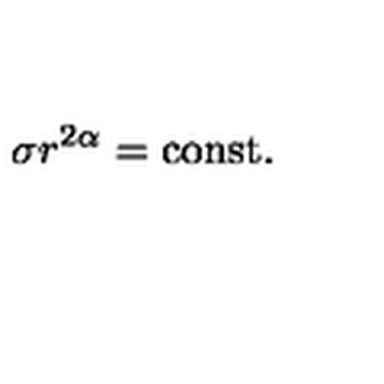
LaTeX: \sigma r ^ { 2 \alpha } = \mathrm { c o n s t } .